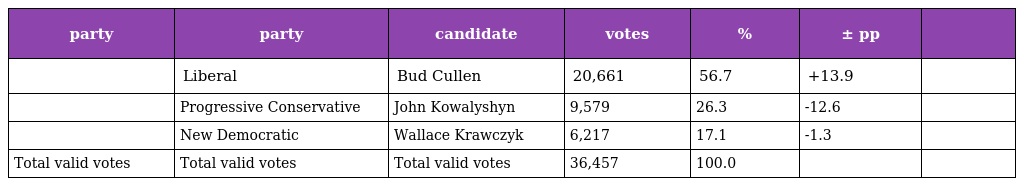
| party | party | candidate | votes | % | ± pp |  |
 | --- | --- | --- | --- | --- | --- | --- |
 |  | Liberal | Bud Cullen | 20,661 | 56.7 | +13.9 |  |
 |  | Progressive Conservative | John Kowalyshyn | 9,579 | 26.3 | -12.6 |  |
 |  | New Democratic | Wallace Krawczyk | 6,217 | 17.1 | -1.3 |  |
 | Total valid votes | Total valid votes | Total valid votes | 36,457 | 100.0 |  |  |